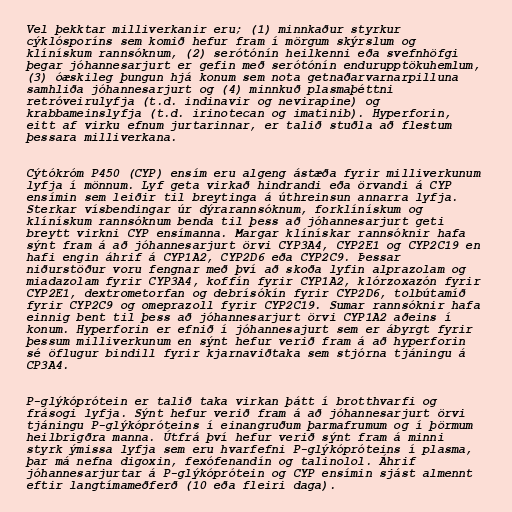
Vel þekktar milliverkanir eru; (1) minnkaður styrkur
cýklósporíns sem komið hefur fram í mörgum skýrslum og
klínískum rannsóknum, (2) serótónín heilkenni eða svefnhöfgi
þegar jóhannesarjurt er gefin með serótónín endurupptökuhemlum,
(3) óæskileg þungun hjá konum sem nota getnaðarvarnarpilluna
samhliða jóhannesarjurt og (4) minnkuð plasmaþéttni
retróveirulyfja (t.d. indinavir og nevirapine) og
krabbameinslyfja (t.d. irinotecan og imatinib). Hyperforin,
eitt af virku efnum jurtarinnar, er talið stuðla að flestum
þessara milliverkana.

Cýtókróm P450 (CYP) ensím eru algeng ástæða fyrir milliverkunum
lyfja í mönnum. Lyf geta virkað hindrandi eða örvandi á CYP
ensímin sem leiðir til breytinga á úthreinsun annarra lyfja.
Sterkar vísbendingar úr dýrarannsóknum, forklínískum og
klínískum rannsóknum benda til þess að jóhannesarjurt geti
breytt virkni CYP ensímanna. Margar klínískar rannsóknir hafa
sýnt fram á að jóhannesarjurt örvi CYP3A4, CYP2E1 og CYP2C19 en
hafi engin áhrif á CYP1A2, CYP2D6 eða CYP2C9. Þessar
niðurstöður voru fengnar með því að skoða lyfin alprazolam og
miadazolam fyrir CYP3A4, koffín fyrir CYP1A2, klórzoxazón fyrir
CYP2E1, dextrometorfan og debrísókín fyrir CYP2D6, tolbútamíð
fyrir CYP2C9 og omeprazoll fyrir CYP2C19. Sumar rannsóknir hafa
einnig bent til þess að jóhannesarjurt örvi CYP1A2 aðeins í
konum. Hyperforin er efnið í jóhannesajurt sem er ábyrgt fyrir
þessum milliverkunum en sýnt hefur verið fram á að hyperforin
sé öflugur bindill fyrir kjarnaviðtaka sem stjórna tjáningu á
CP3A4.

P-glýkóprótein er talið taka virkan þátt í brotthvarfi og
frásogi lyfja. Sýnt hefur verið fram á að jóhannesarjurt örvi
tjáningu P-glýkópróteins í einangruðum þarmafrumum og í þörmum
heilbrigðra manna. Útfrá því hefur verið sýnt fram á minni
styrk ýmissa lyfja sem eru hvarfefni P-glýkópróteins í plasma,
þar má nefna digoxin, fexófenandín og talinolol. Áhrif
jóhannesarjurtar á P-glýkóprótein og CYP ensímin sjást almennt
eftir langtímameðferð (10 eða fleiri daga).